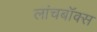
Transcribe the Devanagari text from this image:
लांचबॉक्स